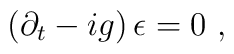
\left( \partial _{t}-ig\right) \epsilon =0 \ ,